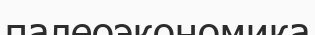
палеоэкономика